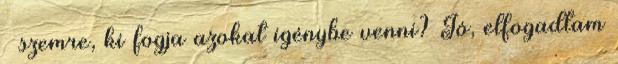
– szemre, ki fogja azokat igénybe venni? Jó, elfogadtam